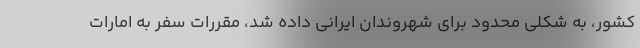
کشور، به شکلی محدود برای شهروندان ایرانی داده شد، مقررات سفر به امارات